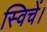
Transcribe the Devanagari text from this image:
स्विचें।